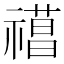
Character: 𥛼